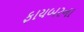
ફાયબરના